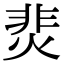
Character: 𩇭